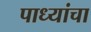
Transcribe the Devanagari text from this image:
पाध्यांचा